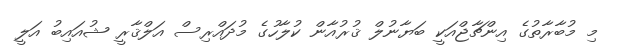
މި މުބާރާތުގެ އިންޗާޖްއަކީ ބަޔާނުލް ޤުރުއާން ކުލާހުގެ މުދައްރިސް އަލްޤާރީ ޝުއައިބު އަލީ